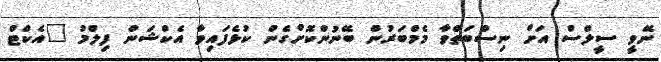
ނޭވީ ސީލްސް އަށް ނިސްބަތްވާ މެމްބަރުން ބޭނުންކޮށްގެން ކުޅެފައިވާ އެކްޝަން ފިލްމު "އެކްޓް